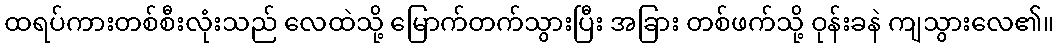
ထရပ်ကားတစ်စီးလုံးသည် လေထဲသို့ မြောက်တက်သွားပြီး အခြား တစ်ဖက်သို့ ဝုန်းခနဲ ကျသွားလေ၏။